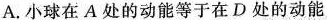
A.小球在A处的动能等于在D处的动能